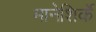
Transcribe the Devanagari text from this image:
मानेशिर्के